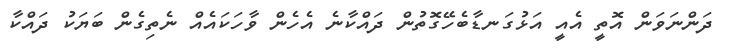
ދަންނަވަން އޮތީ އެއީ އަޅުގަނޑާބެހޭގޮތުން ދައްކާނެ އެހެން ވާހަކައެއް ނެތިގެން ބަޔަކު ދައްކާ